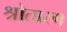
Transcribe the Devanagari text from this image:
श्रोतारम्